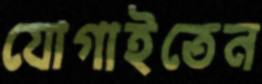
যোগাইতেন